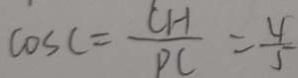
\cos C = \frac { C H } { P C } = \frac { 4 } { 5 }